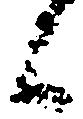
候